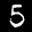
Label: 5